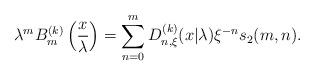
LaTeX: \begin{align*} \lambda^m B_m^{(k)} \left(\frac{x}{\lambda} \right)= \sum_{n=0}^m D_{n,\xi}^{(k)} (x| \lambda) \xi^{-n} s_2 (m,n).\end{align*}